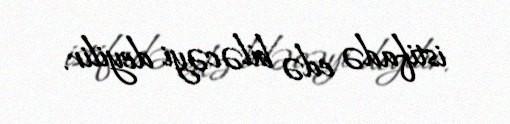
istifadə edə biləcəyi deyilir.